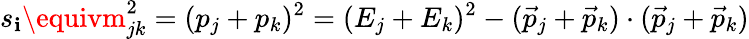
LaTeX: s_{\mathbf{i}}\equivm_{jk}^{2}=(p_{j}+p_{k})^{2}=(E_{j}+E_{k})^{2}-({\vec{{p}}}_{j}+{\vec{{p}}}_{k})\cdot({\vec{{p}}}_{j}+{\vec{{p}}}_{k})